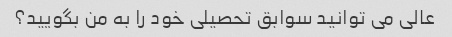
عالی می توانید سوابق تحصیلی خود را به من بگویید؟